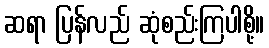
ဆရာ ပြန်လည် ဆုံစည်းကြပါစို့။